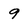
Character: 9